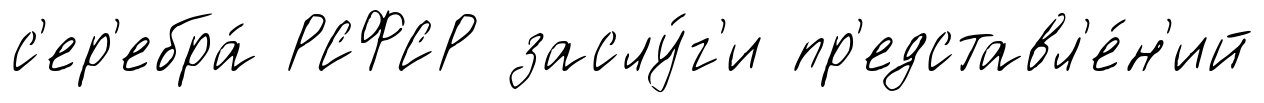
с'ер'ебра́ РСФСР заслу́г'и пр'едставл'е́н'ий